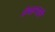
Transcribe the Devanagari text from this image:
वेचल्याचे